Lunatic asylums Central Provinces reports 1910-1926 - 1910-1926
Year: 1910
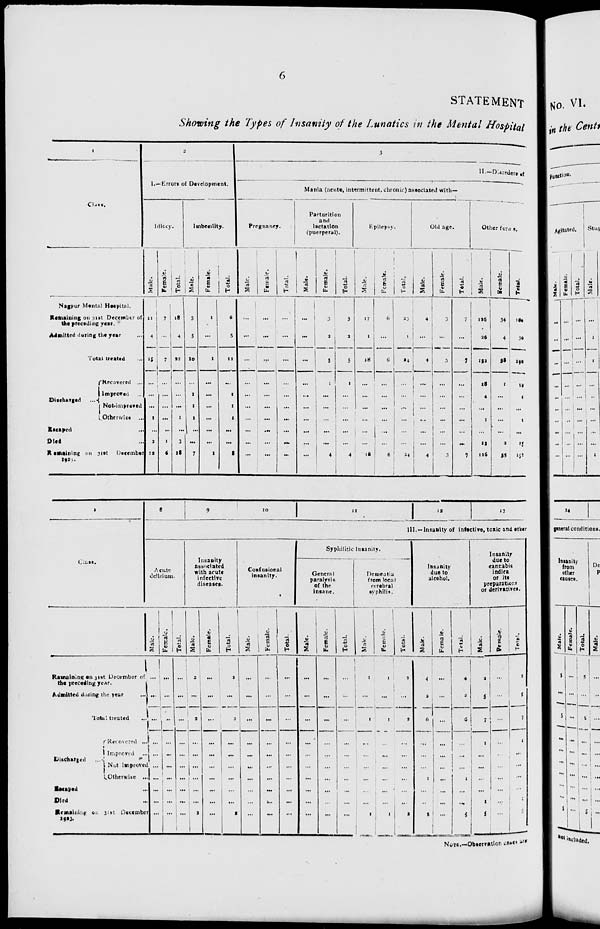
6
STATEMENT
Showing the Types of Insanity of the Lunatics in the Mental Hospital
1
Class.
Nagpur Mental Hospital.
Remaining on 31st December of
the preceding year.
Admitted during the year ...
Total treated ...
Discharged ...
Recovered ...
Improved ...
Not-improved
Otherwise ...
Escaped ...
Died ...
Remaining on 31st December
1923.
2
I.— Error of Development.
Idiocy.
Male.
11
4
15
...
...
...
1
...
2
12
Female.
7
...
7
...
...
...
...
...
1
6
Total.
18
4
22
...
...
...
1
...
3
18
Imbecility.
Male.
5
5
10
...
1
1
1
...
...
7
Female.
1
...
1
...
...
...
...
...
...
1
Total.
6
5
11
...
1
1
1
...
...
8
3
II.—Disorders of
Mania (acute, intermittent, chronic) associated with—
Pregnancy.
Male.
...
...
...
...
...
...
...
...
...
...
Female.
...
...
...
...
...
...
...
...
...
...
Total.
...
...
...
...
...
...
...
...
...
...
Parturition
and
lactation
(puerperal).
Male.
...
...
...
...
...
...
...
...
...
...
Female.
3
2
5
1
...
...
...
...
...
4
Total.
3
2
5
1
...
...
...
...
...
4
Epilepsy.
Male.
17
1
18
...
...
...
...
...
...
18
Female.
6
...
6
...
...
...
...
...
...
6
Total.
23
1
24
...
...
...
...
...
24
Old age.
Male.
4
...
4
...
...
...
...
...
...
4
Female.
3
...
3
...
...
...
...
...
...
3
Total.
7
...
7
...
...
...
...
...
...
7
Other foras.
Male.
126
26
152
18
4
...
1
...
12
116
Female.
34
4
38
1
...
...
...
...
2
35
Total.
160
30
190
19
4
...
1
...
14
151
1
Class.
Remaining on 31st December of
the preceding year.
Admitted during the year ...
Total treated ...
Discharged
...
Recovered ...
Improved ...
Not improve
Otherwise ...
Escaped ...
Died ...
Remaining on 31st December
1923.
8
9
10
11 12
13
III.-Insanity of infective, toxic and other
Acute
delirium.
Male.
...
...
...
...
...
...
...
...
...
...
Female.
...
...
...
...
...
...
...
...
...
...
Total.
...
...
...
...
...
...
...
...
...
...
Insanity
associated
with acute
infective
diseases.
Male.
2
...
2
...
...
...
...
...
...
2
Female.
...
...
...
...
...
...
...
...
...
...
Total.
2
...
2
...
...
...
...
...
...
2
Confusional
insanity.
Male.
...
...
...
...
...
...
...
...
...
...
Female.
...
...
...
...
...
...
...
...
...
...
Total.
...
...
...
...
...
...
...
...
...
...
Syphilitic insanity.
General
paralysis
of the
insane.
Male.
...
...
...
...
...
...
...
...
...
...
Female.
...
...
...
...
...
...
...
...
...
...
Total.
...
...
...
...
...
...
...
...
...
...
Dementia
from local
cerebral
syphilis.
Male.
1
...
1
...
...
...
...
...
...
1
Female.
1
...
1
...
...
...
...
...
...
1
Total.
2
...
2
...
...
...
...
...
...
2
Insanity
due to
alcohol.
Male.
4
2
6
...
...
1
...
...
5
Female.
...
...
...
...
...
...
....
...
...
...
Total.
4
2
6
...
...
...
1
...
...
5
Insanity
due to
cannabis
indica
or its
preparations
or derivatives.
Male.
2
5
7
1
...
...
...
...
1
5
Female.
...
...
...
...
...
...
...
...
...
...
Total.
2
5
7
1
...
...
...
...
1
5
NOTE.-Observation cases are